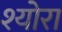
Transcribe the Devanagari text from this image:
श्योरा